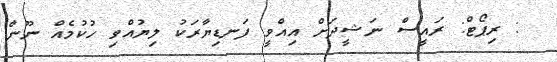
: ރިޕޯޓް: ރައީސް ނަޝީދަށް އިއްވީ ފަނޑިޔާރަކު ލިޔުއްވި ހުކުމެއް ނޫން